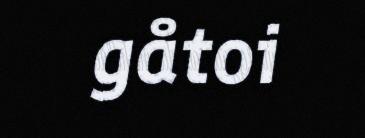
gåtoi